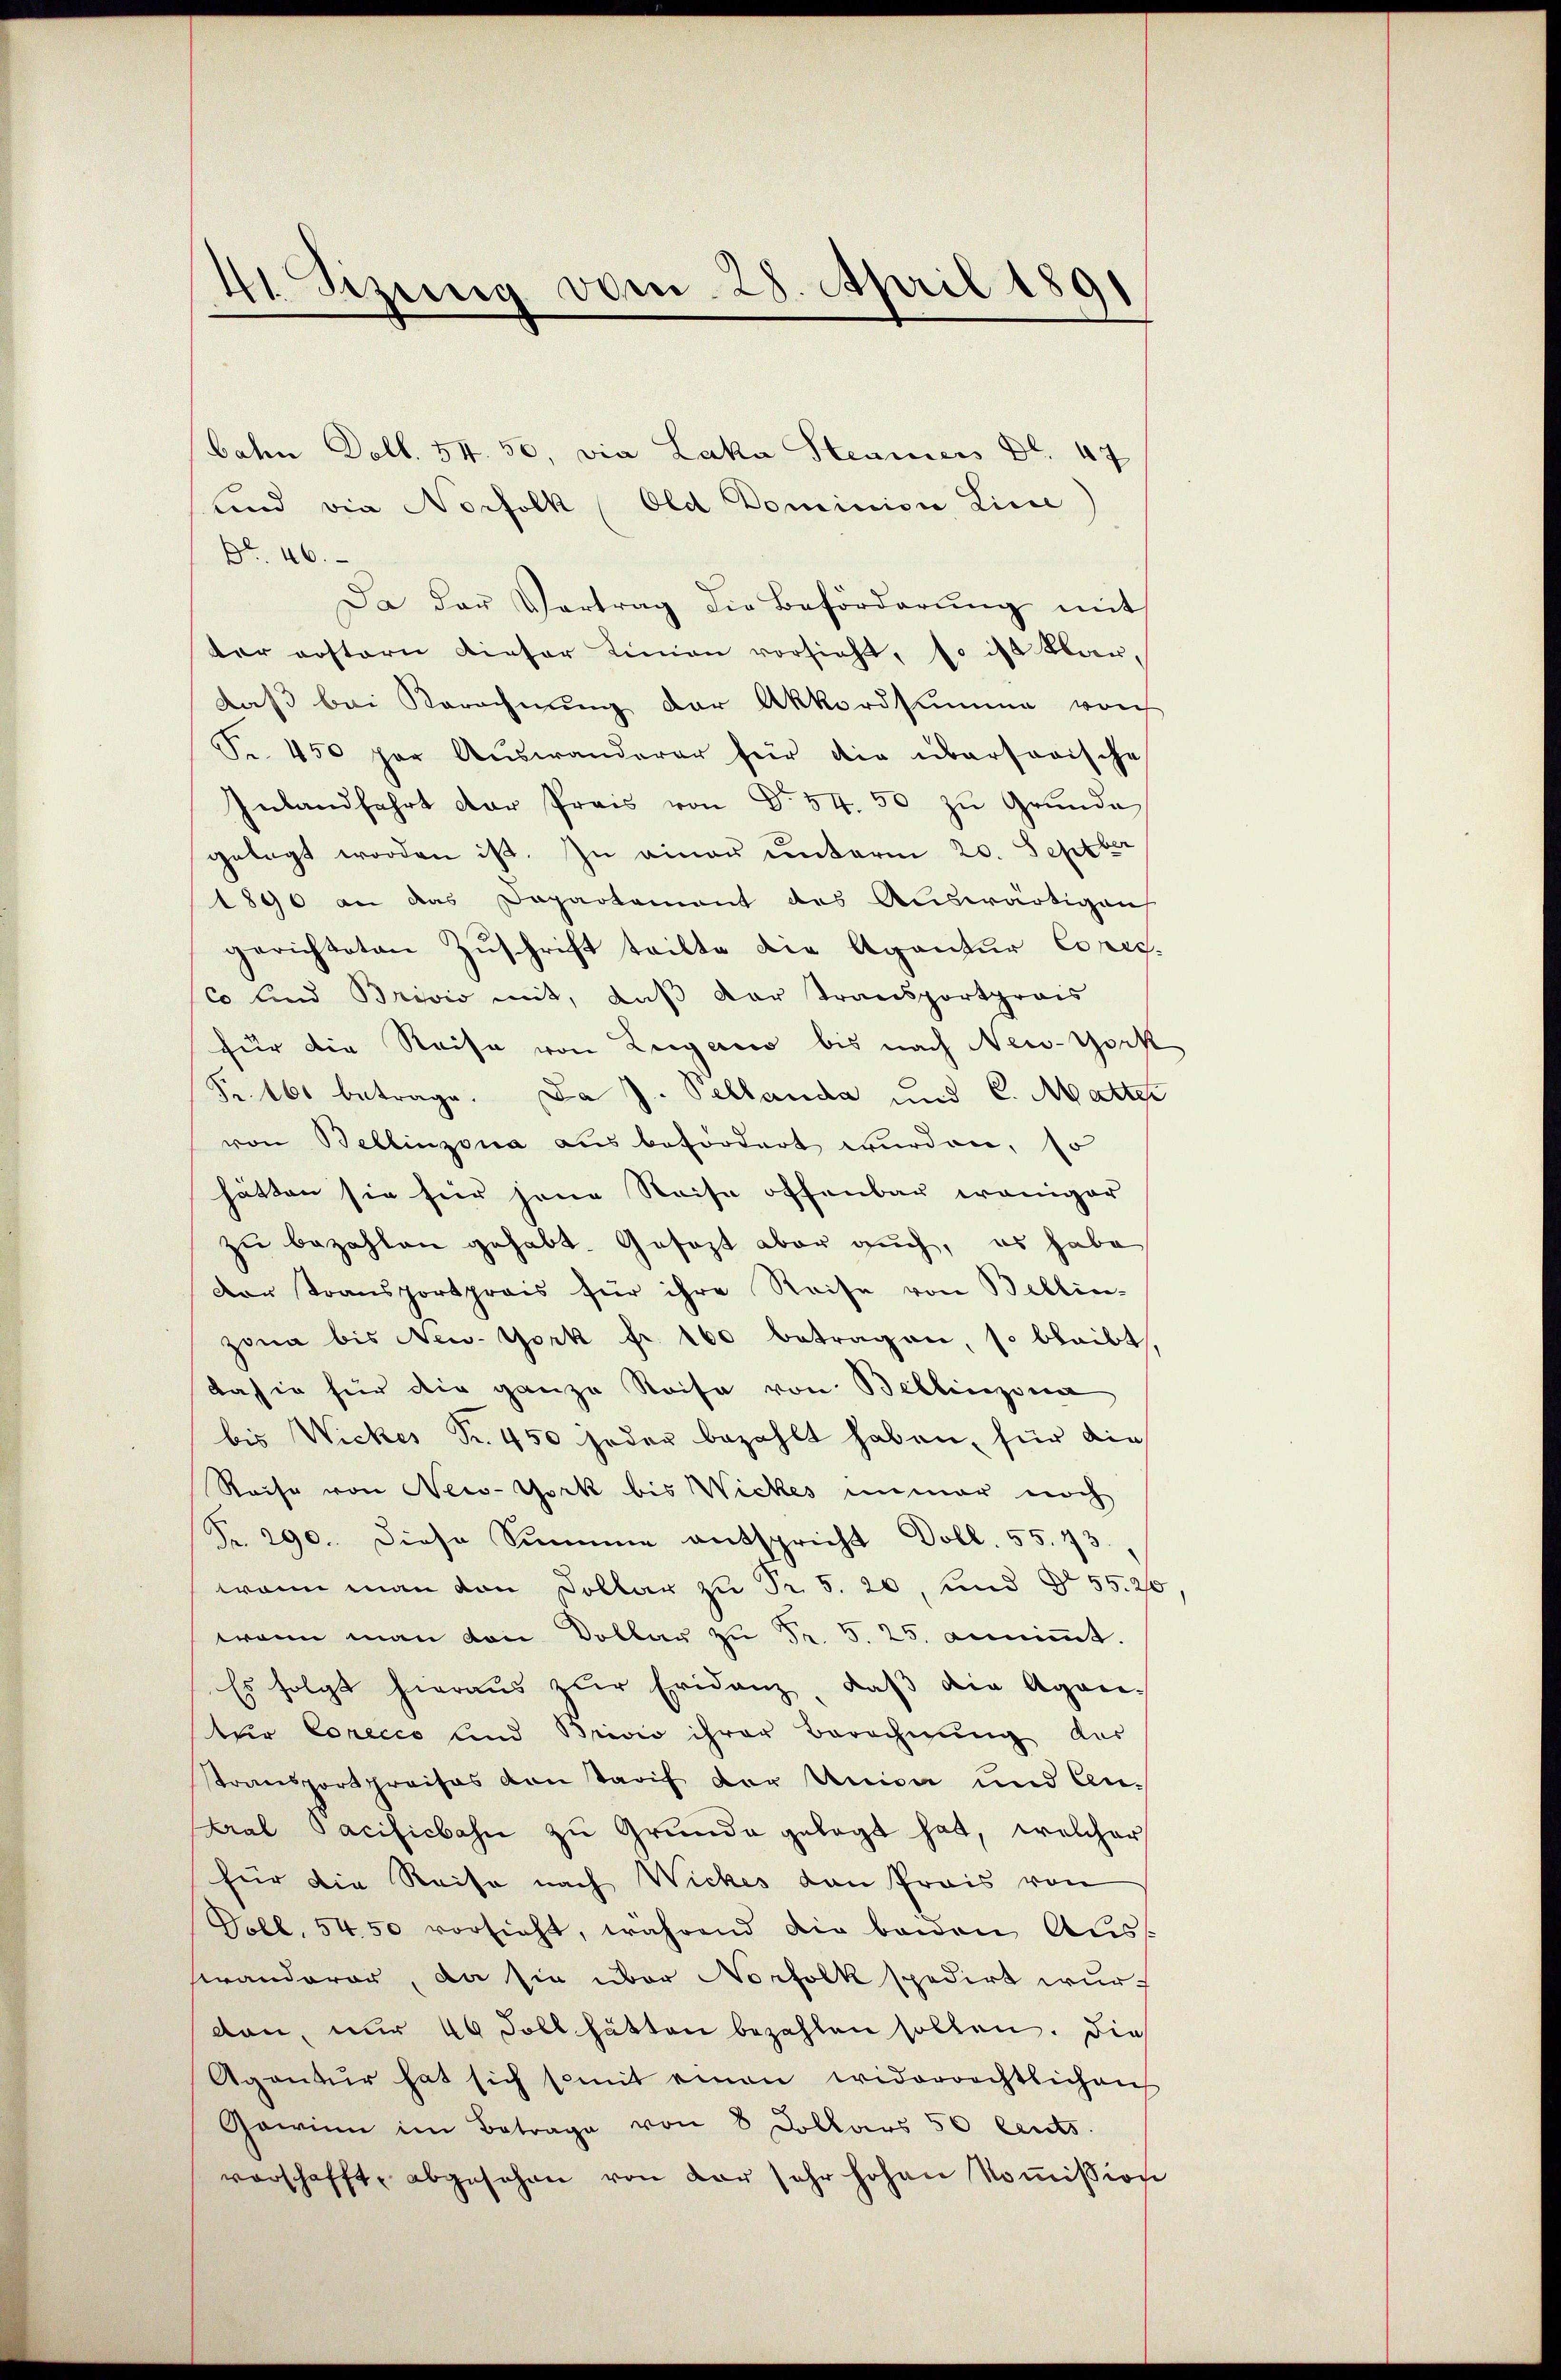
bahn Doll. 54. 50, via Laka Steamers Bl. 47
und die Norfolk (Old Dominior Line
Nr. 46.
Da der Vertrag die Beförderŭng mit
ter erstern dieser Linien vorsicht, so ist klardaß bei Berechnung der Akkordsumme vor
Nr. 450 per Auswanderar für die übersorische
Inlandfahrt der Preis von Dr. 54. 50 zŭ Grŭnde
gelegt worden ist. In einer unterm 20. Septber
1890 an das Departament des Auswärtigen
gerichteten Zuschrift teilte die Agentur Cores.
co und Brivio mit, daß der Transportprais
für die Reise von Lugano bis nach New-York
Fr. 160 betrage. Da J. Pellanda und C. Matter
von Bellinzona aus befördert wurden, so
hätten sie hier jene Reise offenbar weniger
zu bezahlen gehabt. Gesezt aber auch, es habe
Der Transportpreis für ihre Reise von Bellin-
zona bis New York fr. 160 betragen, so bleibt,
dahin für die ganze Reise von Bellinzona
bis Wickes Fr. 450 jeder bezahlt haben, für die
Reise von New-York bis Wickes immer noch
Nr. 290. Diese Summe entspricht Doll. 55. 43.
wenn man von Dollar zu Fr. 5. 20, und § 55. 20
wann man von Dollar zu Fr. 5. 25. annimmt.
Es folgt hieraus zur Fridanz, daß die Agani-
tuer Corecco und Brivio ihrer Berechnung aus
Transportpreises den Tarif der Union und An-
Kral Sacificbahn zu Grunde gelegt hat, welcher
für die Reise nach Wickes den Preis von
Doll, 5450 vorsieht, während die beiden Auss
heranderer, da sie über Norfolk spedirt wurden, nur 40 Soll hätten bezahlen sollen. Die
Agentur hat sich somit einen widerrechtlichen
Gewinn im Betrage von 8 Dollars 50 Cents
verschafft, abgesehen von der sehr hohen Koṁission

41. Sizung vom 28. April 1891